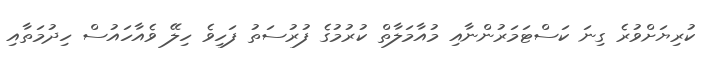
ކުރިޔަށްވުރެ ގިނަ ކަސްޓަމަރުންނާއި މުއާމަލާތް ކުރުމުގެ ފުރުސަތު ފަހިވެ ހިލޭ ވެއާހައުސް ހިދުމަތާއި